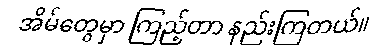
အိမ်တွေမှာ ကြည့်တာ နည်းကြတယ်။